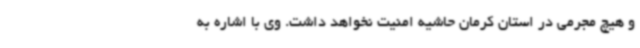
و هیچ مجرمی در استان کرمان حاشیه امنیت نخواهد داشت. وی با اشاره به